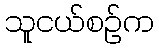
သူငယ်စဉ်က